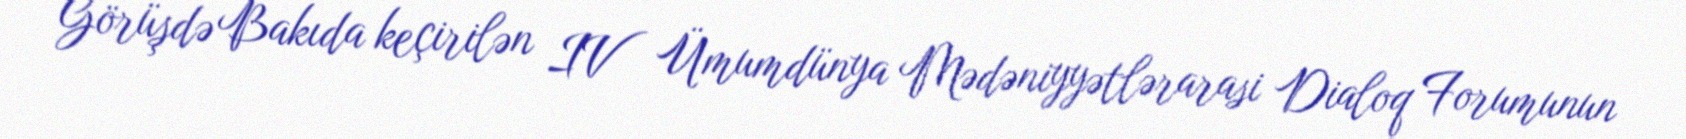
Görüşdə Bakıda keçirilən IV Ümumdünya Mədəniyyətlərarasi Dialoq Forumunun